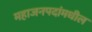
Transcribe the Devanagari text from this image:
महाजनपदांमधील